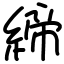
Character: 締